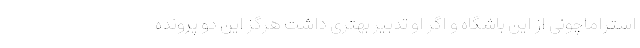
استراماچونی از این باشگاه و اگر او تدبیر بهتری داشت هرگز این دو پرونده